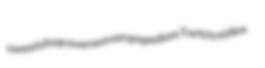
sweetshop overwoven popedom Tortricoidea